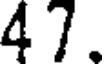
47.